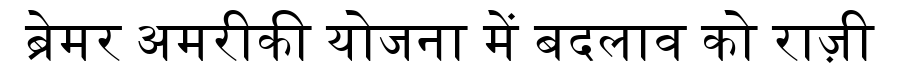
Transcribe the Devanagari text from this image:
ब्रेमर अमरीकी योजना में बदलाव को राज़ी